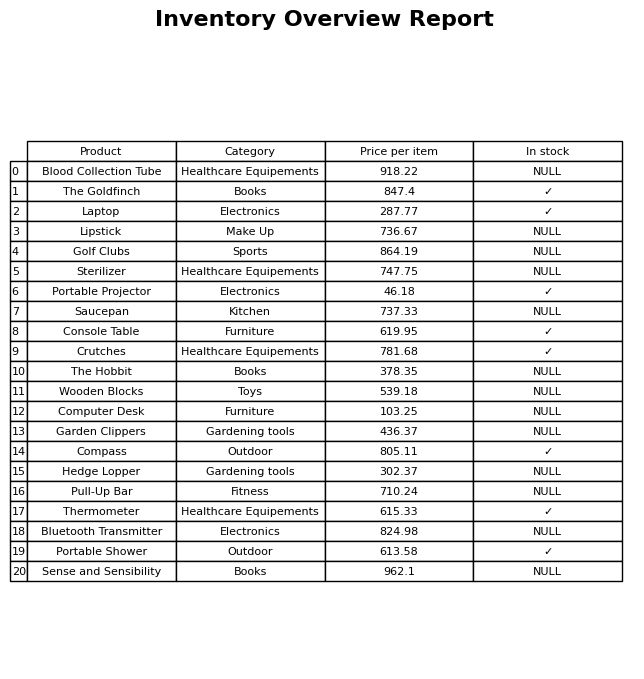
question: Is the Sense and Sensibility in stock?
answer: NULL